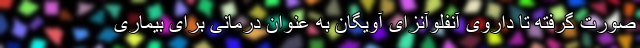
صورت گرفته تا داروی آنفلوآنزای آویگان به عنوان درمانی برای بیماری